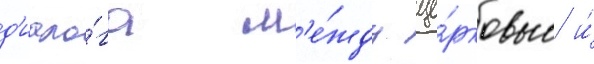
д'иало́га м'е́жду це́рковью и́